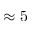
\approx 5